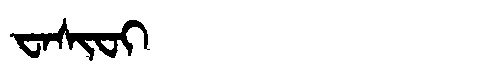
Manchu: ᠸᠠᠰᡳᠸᡳ
Romanization: WASIFI